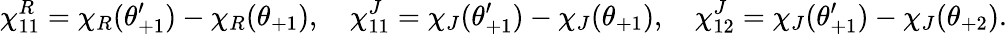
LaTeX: \chi_{11}^{R}=\chi_{R}(\theta_{+1}^{\prime})-\chi_{R}(\theta_{+1}),\quad\chi_{11}^{J}=\chi_{J}(\theta_{+1}^{\prime})-\chi_{J}(\theta_{+1}),\quad\chi_{12}^{J}=\chi_{J}(\theta_{+1}^{\prime})-\chi_{J}(\theta_{+2}).